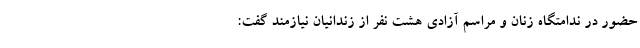
حضور در ندامتگاه زنان و مراسم آزادی هشت نفر از زندانیان نیازمند گفت: